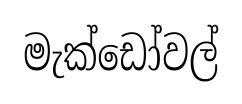
මැක්ඩෝවල්